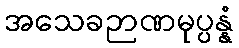
အသေခဉာဏမုပ္ပန္နံ